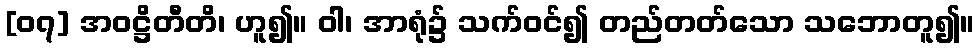
[၀၇] အဝဋ္ဌိတီတိ၊ ဟူ၍။ ဝါ၊ အာရုံ၌ သက်ဝင်၍ တည်တတ်သော သဘောတူ၍။